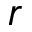
r